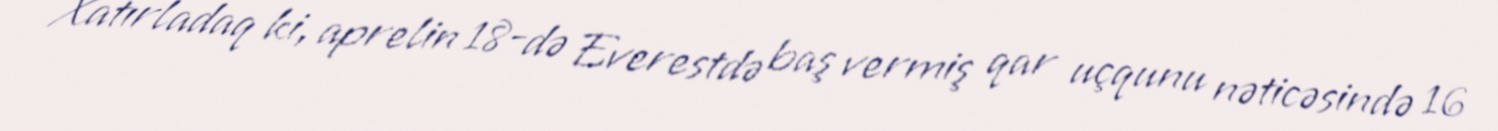
Xatırladaq ki, aprelin 18-də Everestdə baş vermiş qar uçqunu nəticəsində 16